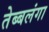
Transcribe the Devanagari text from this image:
तेब्बलंगा